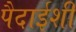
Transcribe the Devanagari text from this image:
पैदाईशी